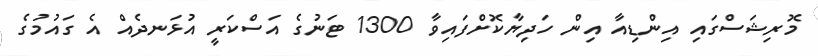
މޮރިޝަސްގައި އިންޑިއާ އިން ހަދިޔާކޮށްފައިވާ 1300 ޓަނުގެ އަސްކަރީ އުޅަނދެއް އެ ގައުމުގެ